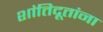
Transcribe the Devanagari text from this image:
शांतिदूतांना